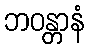
ဘဝန္တာနံ